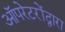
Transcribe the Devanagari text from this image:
ऑपरेटरोंद्वारा